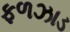
ફળઝાડ